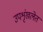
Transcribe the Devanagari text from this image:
उपशृंखलेत